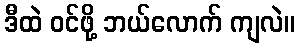
ဒီထဲ ဝင်ဖို့ ဘယ်လောက် ကျလဲ။